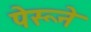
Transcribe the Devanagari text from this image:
पेरूने